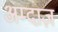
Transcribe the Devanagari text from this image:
अम्दाज़